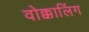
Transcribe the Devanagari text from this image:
वोक्कालिंग